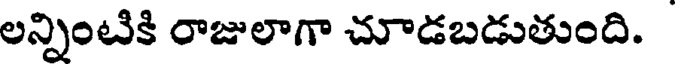
లన్నింటికి రాజులాగా చూడబడుతుంది.